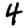
Digit: 4